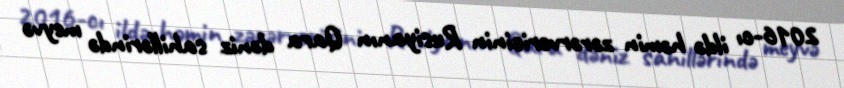
2016-cı ildə həmin zərərvericinin Rusiyanın Qara dəniz sahillərində meyvə